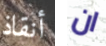
أنقاذ ان